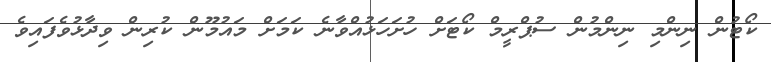
ކޯޓުން ނިންމި ނިންމުން ސުޕްރީމް ކޯޓަށް ހުށަހަޅުއްވާނެ ކަމަށް މައުމޫން ކުރިން ވިދާޅުވެފައިވެ